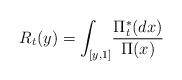
LaTeX: \begin{align*}R_t(y)=\int_{[y,1]}\!\frac{\Pi^*_t(dx)}{\Pi(x)}\end{align*}